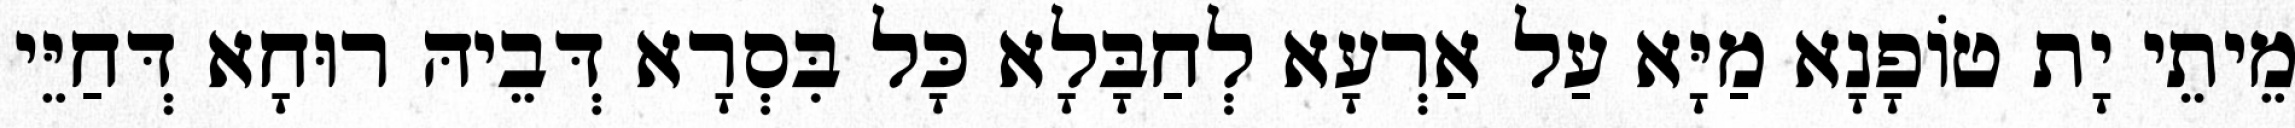
מֵיתֵי יָת טוֹפָנָא מַיָּא עַל אַרְעָא לְחַבָּלָא כָּל בִּסְרָא דְּבֵיהּ רוּחָא דְּחַיֵּי